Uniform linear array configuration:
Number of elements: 16
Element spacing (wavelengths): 0.75
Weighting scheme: exponential
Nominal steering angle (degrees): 0
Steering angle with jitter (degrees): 1.076
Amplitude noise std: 0.05
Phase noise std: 0.05

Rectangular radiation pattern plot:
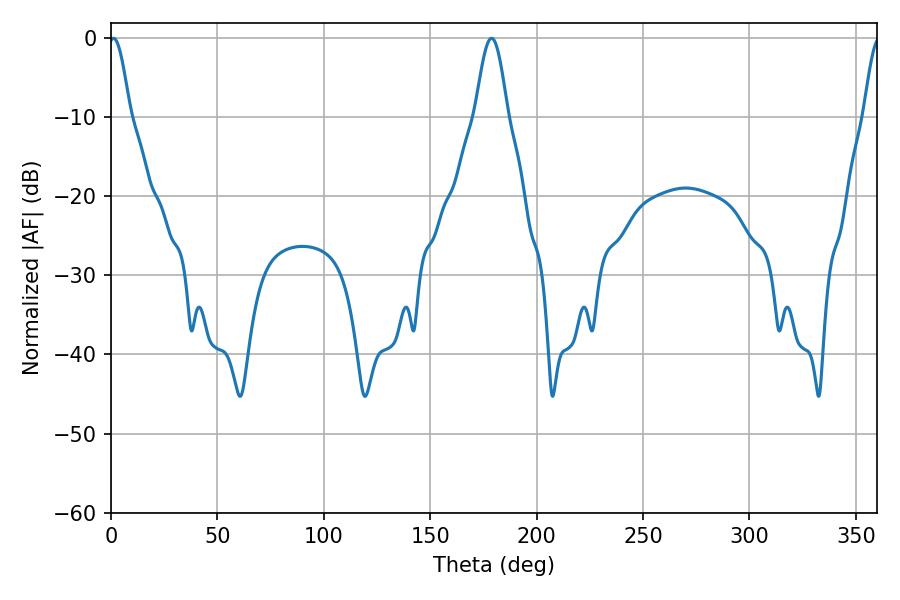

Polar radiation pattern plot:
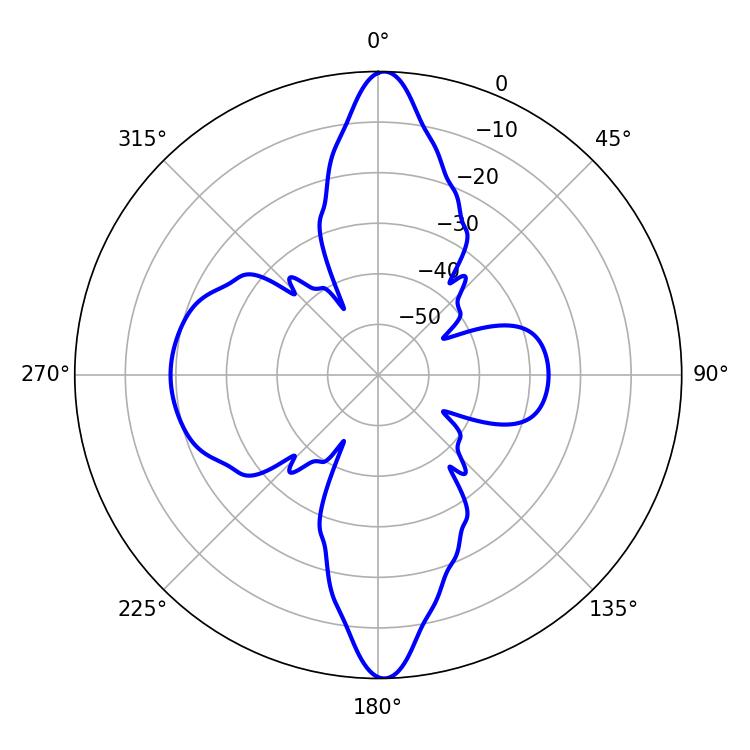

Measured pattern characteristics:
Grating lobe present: TRUE
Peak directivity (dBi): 34.332
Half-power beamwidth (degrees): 5.22
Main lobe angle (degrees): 1.26